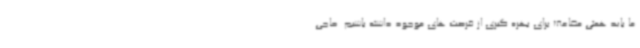
ما باید همتی مضاعف برای بهره گیری از فرصت های موجود داشته باشیم. حاجی